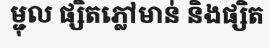
ម្ជុល ផ្សិតភ្លៅមាន់ និងផ្សិត